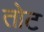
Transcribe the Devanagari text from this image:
तोट